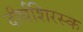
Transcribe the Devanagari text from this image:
दीर्घशिरस्क